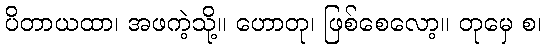
ပိတာယထာ၊ အဖကဲ့သို့။ ဟောတု၊ ဖြစ်စေလော့။ တုမှေ စ၊